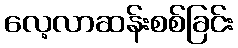
လေ့လာဆန်းစစ်ခြင်း